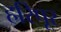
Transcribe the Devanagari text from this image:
हरिपूर